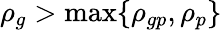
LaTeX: \rho_{g}>\operatorname*{max}\{ \rho_{gp},\rho_{p}\}